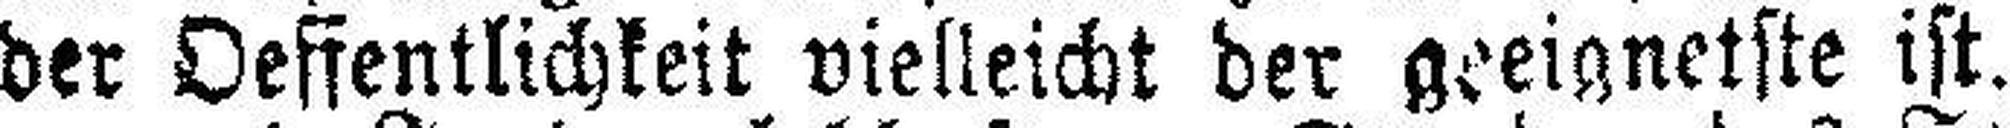
der Oeffentlichkeit vielleicht der geeignetste ist.